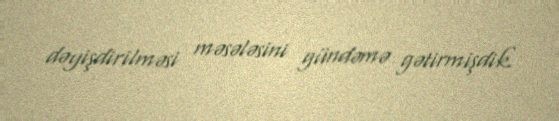
dəyişdirilməsi məsələsini gündəmə gətirmişdik.